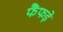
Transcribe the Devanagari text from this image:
फैंफड़े